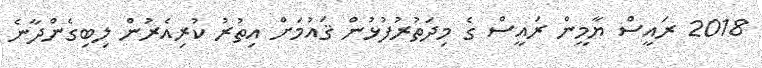
2018 ރައީސް ޔާމީން ރައީސް ގެ މިދަތުރުފުޅުން ޤައުމަށް އިތުރު ކުރިއެރުން ލިބިގެންދާނެ